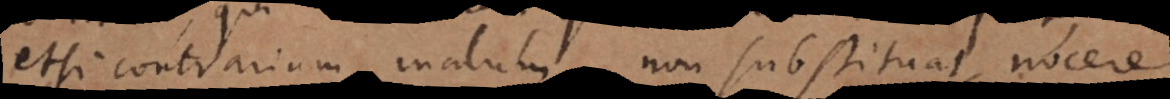
etsi contrarium malum non substituat, nocere